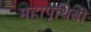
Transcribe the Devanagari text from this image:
महापृथिबी